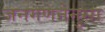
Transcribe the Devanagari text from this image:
जनगणनेनुसा